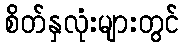
စိတ်နှလုံးများတွင်